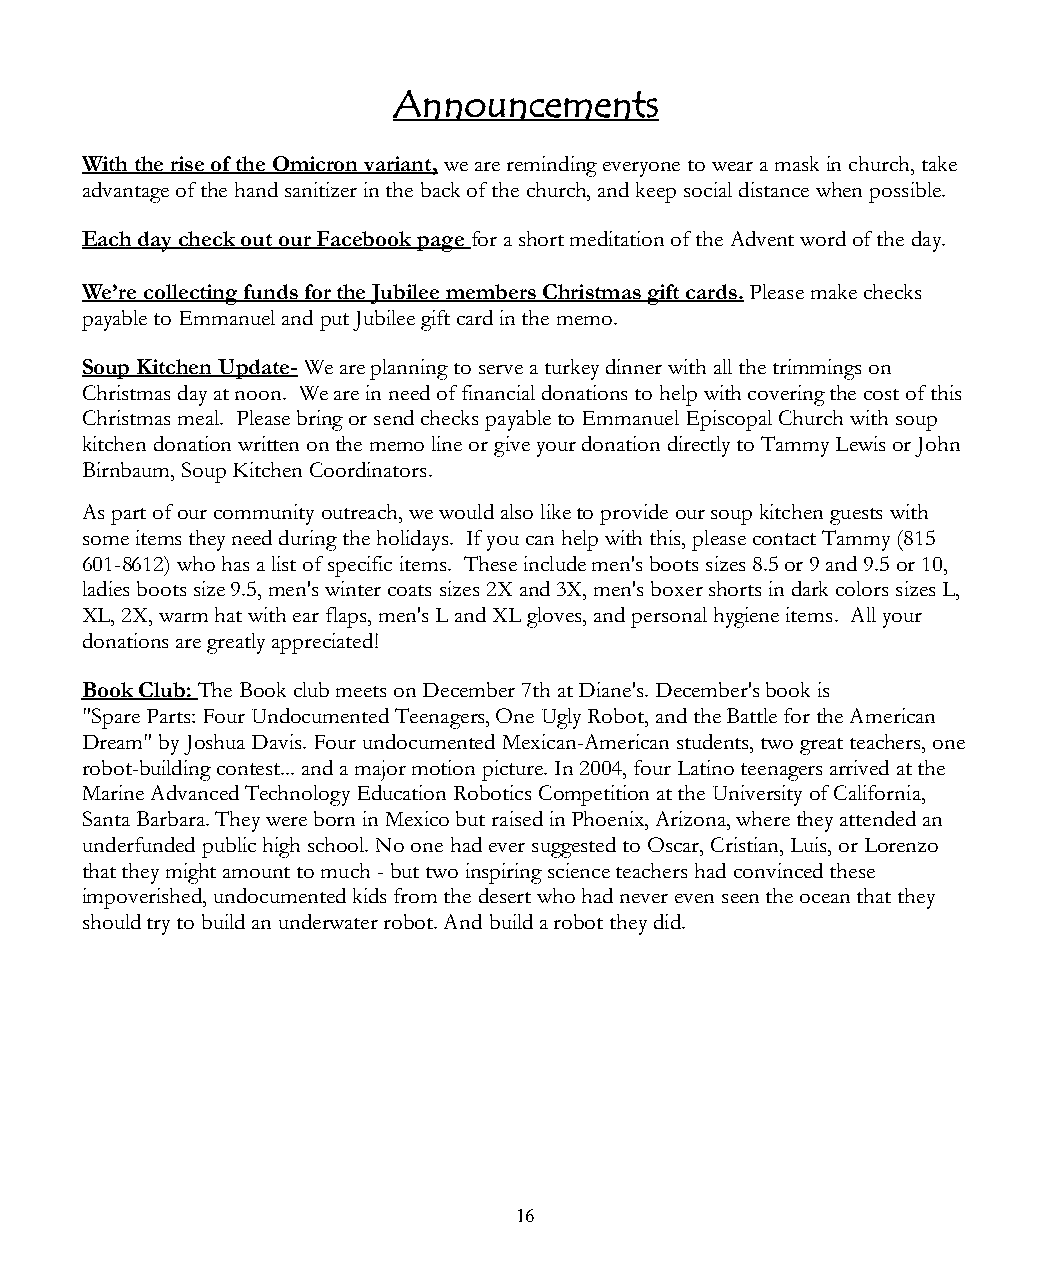
Announcements
 With the rise of the Omicron variant, we are reminding everyone to wear a mask in church, take
 advantage of the hand sanitizer in the back of the church, and keep social distance when possible.
 Each day check out our Facebook page for a short meditation of the Advent word of the day.
 We’re collecting funds for the Jubilee members Christmas gift cards. Please make checks
 payable to Emmanuel and put Jubilee gift card in the memo.
 Soup Kitchen Update- We are planning to serve a turkey dinner with all the trimmings on
 Christmas day at noon. We are in need of financial donations to help with covering the cost of this
 Christmas meal. Please bring or send checks payable to Emmanuel Episcopal Church with soup
 kitchen donation written on the memo line or give your donation directly to Tammy Lewis or John
 Birnbaum, Soup Kitchen Coordinators.
 As part of our community outreach, we would also like to provide our soup kitchen guests with
 some items they need during the holidays. If you can help with this, please contact Tammy (815
 601-8612) who has a list of specific items. These include men's boots sizes 8.5 or 9 and 9.5 or 10,
 ladies boots size 9.5, men's winter coats sizes 2X and 3X, men's boxer shorts in dark colors sizes L,
 XL, 2X, warm hat with ear flaps, men's L and XL gloves, and personal hygiene items. All your
 donations are greatly appreciated!
 Book Club: The Book club meets on December 7th at Diane's. December's book is
 "Spare Parts: Four Undocumented Teenagers, One Ugly Robot, and the Battle for the American
 Dream" by Joshua Davis. Four undocumented Mexican-American students, two great teachers, one
 robot-building contest... and a major motion picture. In 2004, four Latino teenagers arrived at the
 Marine Advanced Technology Education Robotics Competition at the University of California,
 Santa Barbara. They were born in Mexico but raised in Phoenix, Arizona, where they attended an
 underfunded public high school. No one had ever suggested to Oscar, Cristian, Luis, or Lorenzo
 that they might amount to much - but two inspiring science teachers had convinced these
 impoverished, undocumented kids from the desert who had never even seen the ocean that they
 should try to build an underwater robot. And build a robot they did.
 16